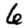
Digit: 6